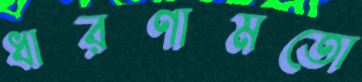
ধারণামতো